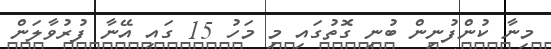
މިނާ ކުންފުނިން ބުނި ގޮތުގައި މި މަހު 15 ގައި އޭނާ ފުރުވާލަން